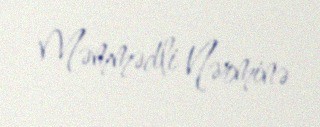
Məmmədli Nərminə